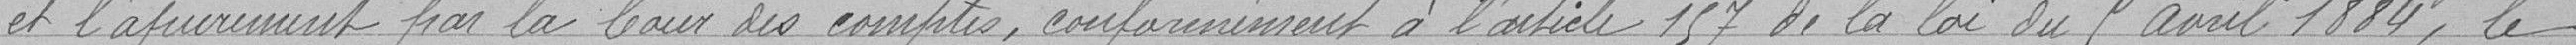
et l'ajournement par la Cour des comptes, conformément à l'article 157 de la loi du 5 Avril 1884 , le